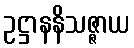
ဥဋ္ဌာနနိသဇ္ဇာယ